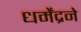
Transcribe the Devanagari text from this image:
धर्मेंद्रने